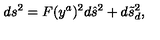
d s ^ { 2 } = F ( y ^ { a } ) ^ { 2 } d \hat { s } ^ { 2 } + d \tilde { s } _ { d } ^ { 2 } ,